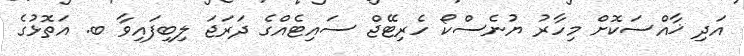
އަދި ޚާއްސަކޮށް މިހާރު ޔުނެސްކޯ ހެރިޓޭޖް ސައިޓެއްގެ ދަރަޖަ ލިބިފައިވާ ބ. އަތޮޅުގެ